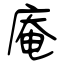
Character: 庵